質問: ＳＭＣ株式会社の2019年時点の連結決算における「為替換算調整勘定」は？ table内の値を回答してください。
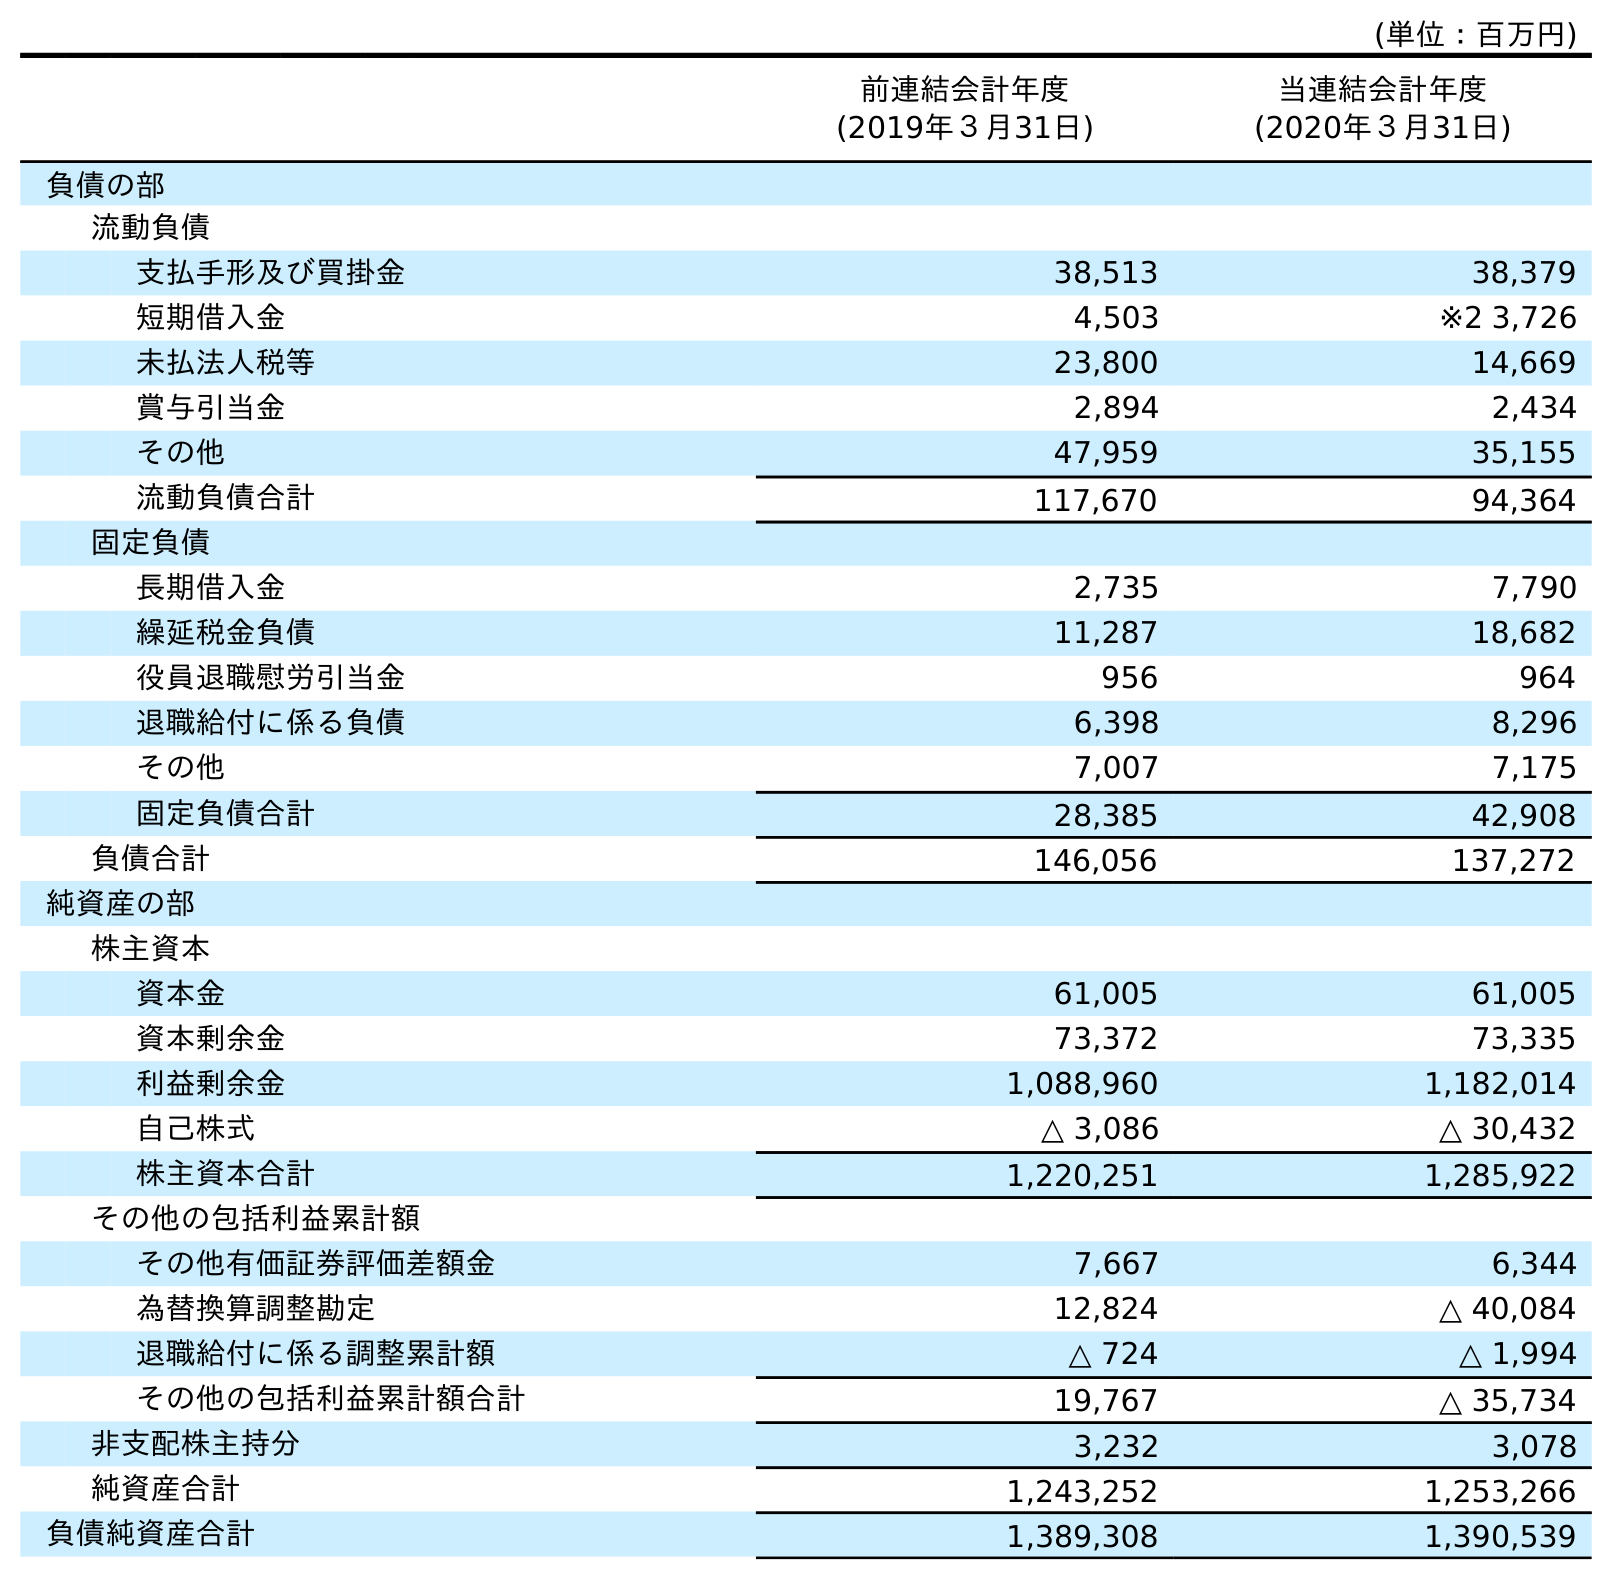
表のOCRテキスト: (単位：百万円) 前連結会計年度 (2019年３月31日) 当連結会計年度 (2020年３月31日) 負債の部 流動負債 支払手形及び買掛金 38,513 38,379 短期借入金 4,503 ※2 3,726 未払法人税等 23,800 14,669 賞与引当金 2,894 2,434 その他 47,959 35,155 流動負債合計 117,670 94,364 固定負債 長期借入金 2,735 7,790 繰延税金負債 11,287 18,682 役員退職慰労引当金 956 964 退職給付に係る負債 6,398 8,296 その他 7,007 7,175 固定負債合計 28,385 42,908 負債合計 146,056 137,272 純資産の部 株主資本 資本金 61,005 61,005 資本剰余金 73,372 73,335 利益剰余金 1,088,960 1,182,014 自己株式 △ 3,086 △ 30,432 株主資本合計 1,220,251 1,285,922 その他の包括利益累計額 その他有価証券評価差額金 7,667 6,344 為替換算調整勘定 12,824 △ 40,084 退職給付に係る調整累計額 △ 724 △ 1,994 その他の包括利益累計額合計 19,767 △ 35,734 非支配株主持分 3,232 3,078 純資産合計 1,243,252 1,253,266 負債純資産合計 1,389,308 1,390,539
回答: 12,824